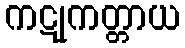
ကဋုကတ္တာယ